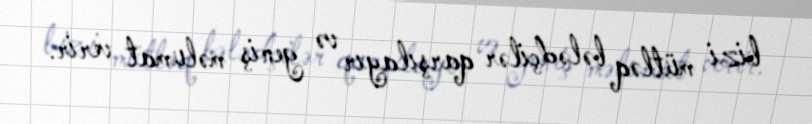
bizi mütləq bələdçilər qarşılayır və geniş məlumat verir.